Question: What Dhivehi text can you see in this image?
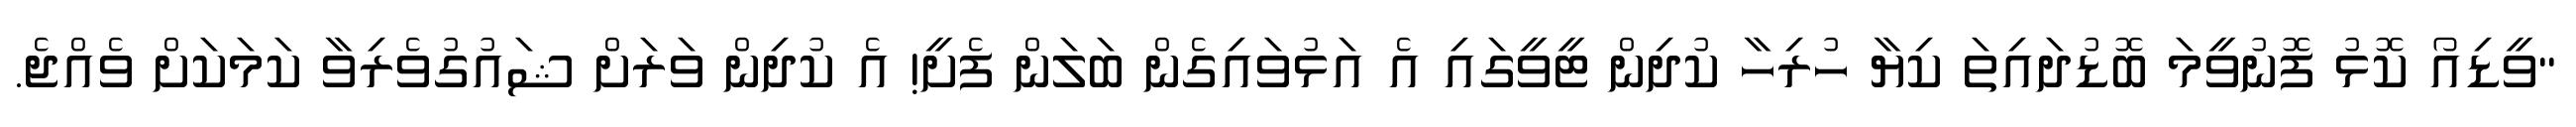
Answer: "ވީޑިއޯ ކޮޅު ފޮނުވީމަ ބޮޑުދައިތަ ކިޔާ ހުރިހާ ކުދިން ޓީވީގައި އެ އަޅުވައިގެން ބަލަން ފެށީ! އެ ކުދިން ވަރަށް ޝައުގުވެރިވާ ކަމަކަށް ވެއްޖެ.